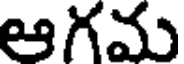
ఆగమ